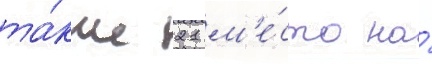
та́кже 21 м'е́сто на́